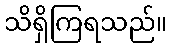
သိရှိကြရသည်။